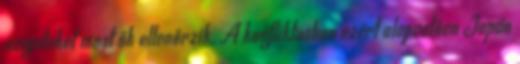
szigeteket most ők ellenőrzik. A konfliktusban ezért alapvetően Japán